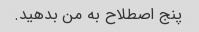
پنج اصطلاح به من بدهید.